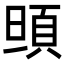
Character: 𩑰